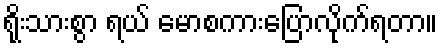
ရိုးသားစွာ ရယ် မောစကားပြောလိုက်ရတာ။